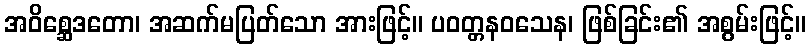
အဝိစ္ဆေဒတော၊ အဆက်မပြတ်သော အားဖြင့်။ ပဝတ္တနဝသေန၊ ဖြစ်ခြင်း၏ အစွမ်းဖြင့်။